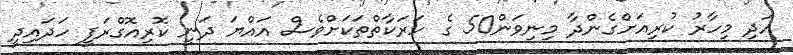
އަދި މިހާރު ކުރިއަށްގެންދާ މިނިވަން50 ގެ ހަރަކާތްތަކަށްވެސް އައްޔަ ދަނީ ކޮރިއޮގްރަފީ ހަދައިދީ